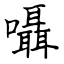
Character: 囁